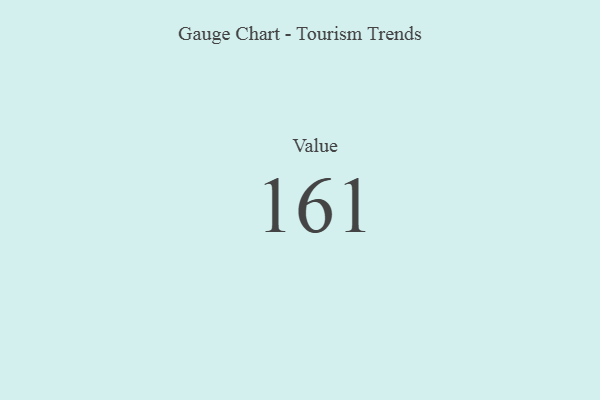
{"axis": {"x": "Metric", "y": "Value"}, "legend": [""], "data": [{"x": "Value", "y": 161, "type": ""}]}